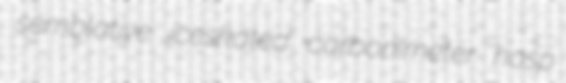
semblative iceskated carbonimeter hosp